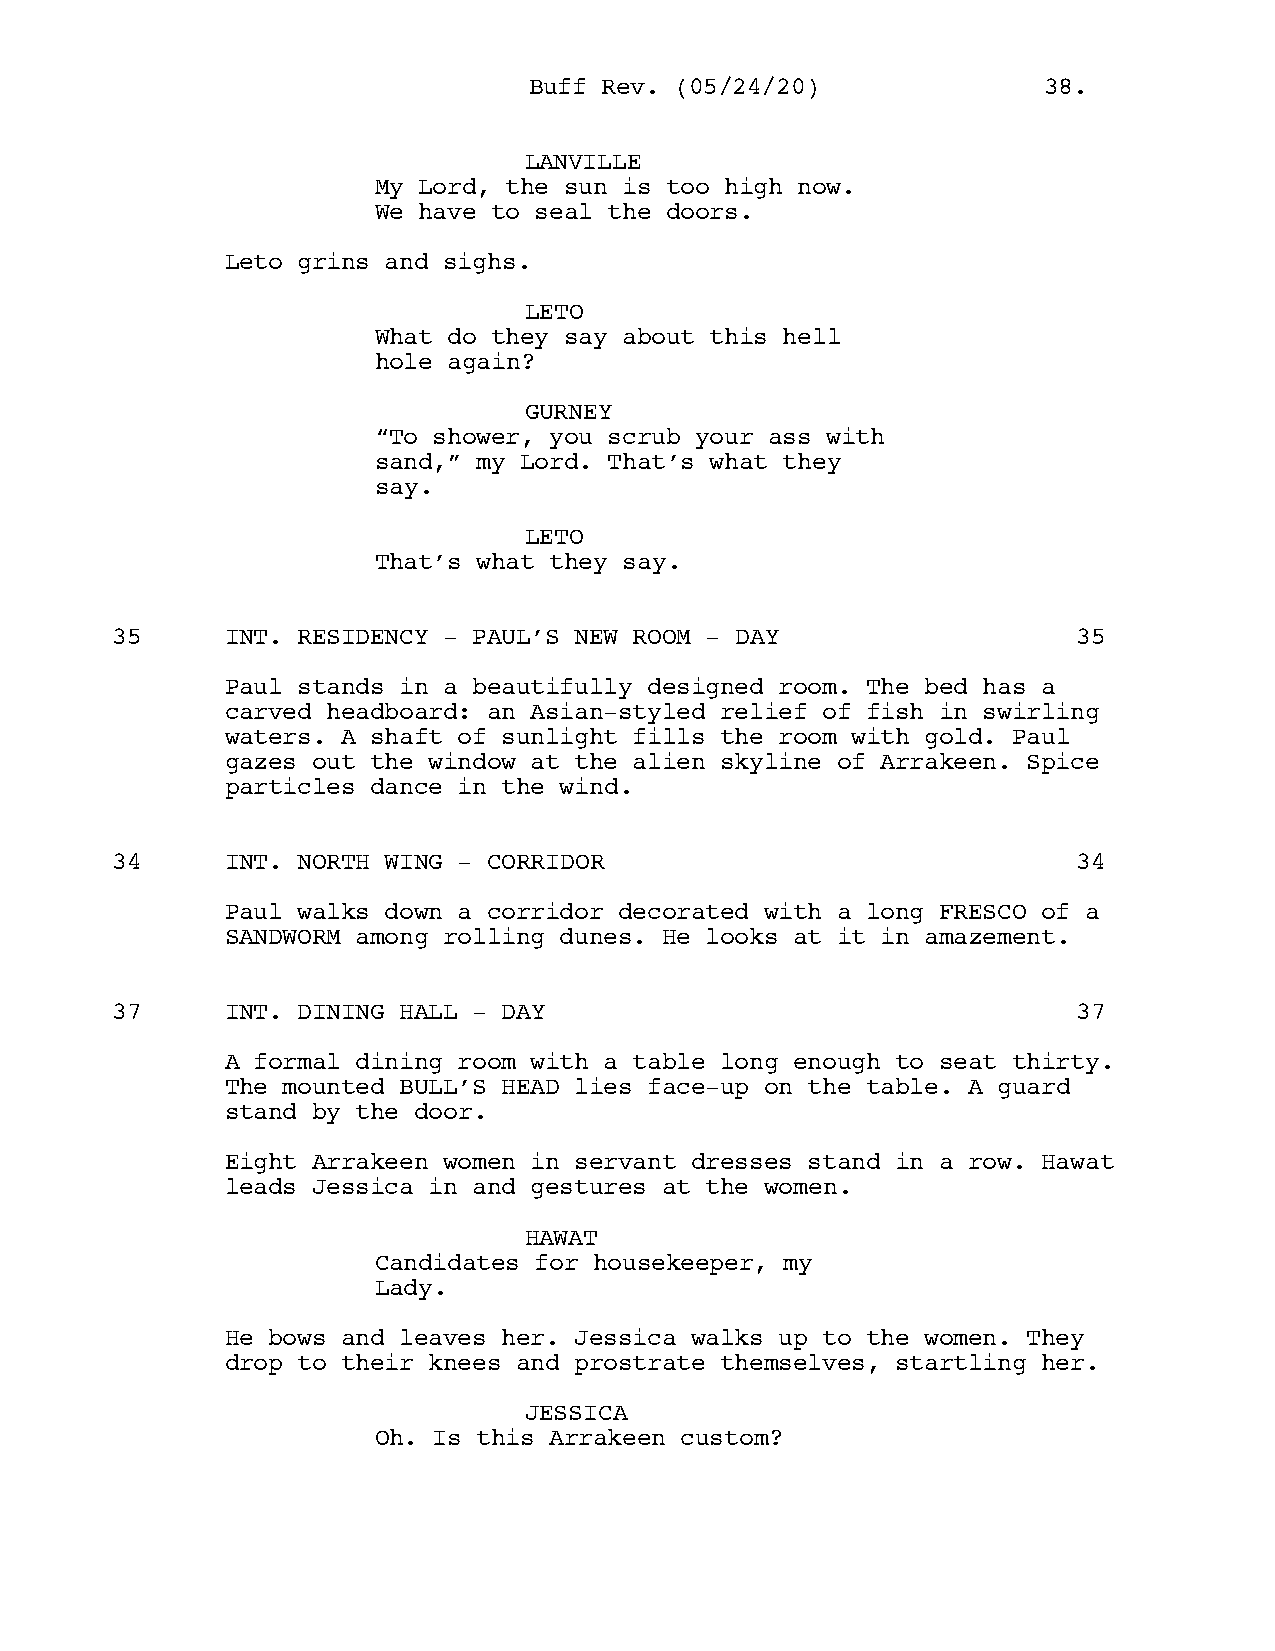
BBuuffff RReevv.. ((0055//2244//2200)) 3388..
 LANVILLE
 My Lord, the sun is too high now.
 We have to seal the doors.
 Leto grins and sighs.
 LETO
 What do they say about this hell
 hole again?
 GURNEY
 “To shower, you scrub your ass with
 sand,” my Lord. That’s what they
 say.
 LETO
 That’s what they say.
 35      INT. RESIDENCY - PAUL’S NEW ROOM - DAY                  35
 Paul stands in a beautifully designed room. The bed has a
 carved headboard: an Asian-styled relief of fish in swirling
 waters. A shaft of sunlight fills the room with gold. Paul
 gazes out the window at the alien skyline of Arrakeen. Spice
 particles dance in the wind.
 34      INT. NORTH WING - CORRIDOR                              34
 Paul walks down a corridor decorated with a long FRESCO of a
 SANDWORM among rolling dunes. He looks at it in amazement.
 37      INT. DINING HALL - DAY                                  37
 A formal dining room with a table long enough to seat thirty.
 The mounted BULL’S HEAD lies face-up on the table. A guard
 stand by the door.
 Eight Arrakeen women in servant dresses stand in a row. Hawat
 leads Jessica in and gestures at the women.
 HAWAT
 Candidates for housekeeper, my
 Lady.
 He bows and leaves her. Jessica walks up to the women. They
 drop to their knees and prostrate themselves, startling her.
 JESSICA
 Oh. Is this Arrakeen custom?